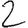
Digit: 2